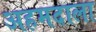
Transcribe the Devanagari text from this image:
अहमदाला